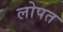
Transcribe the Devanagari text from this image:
लोपत